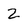
Character: Z